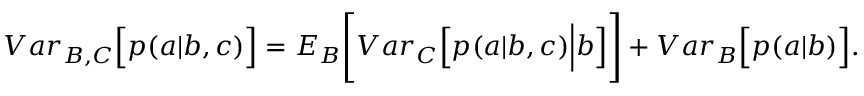
\begin{array} { r } { { V a r } _ { B , C } \Big [ p ( a | b , c ) \Big ] = { E } _ { B } \Bigg [ { V a r } _ { C } \Big [ p ( a | b , c ) \Big | b \Big ] \Bigg ] + { V a r } _ { B } \Big [ p ( a | b ) \Big ] . } \end{array}